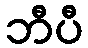
ဘီပီ